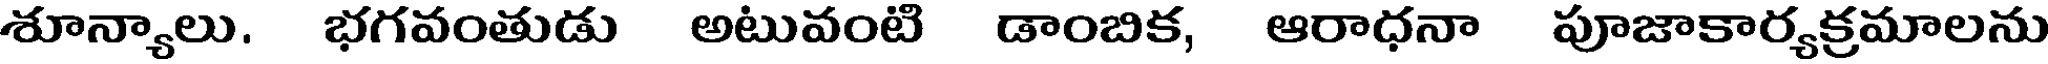
శూన్యాలు. భగవంతుడు అటువంటి డాంబిక, ఆరాధనా పూజాకార్యక్రమాలను